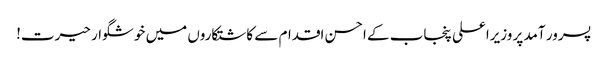
پسرور آمد پر وزیراعلی پنجاب کے احسن اقدام سے کاشتکاروں میں خوشگوار حیرت!